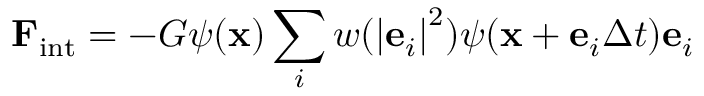
{ { \bf { F } } _ { \mathrm { { i n t } } } } = - G \psi ( { \bf { x } } ) \sum _ { i } { w ( { { \left| { { { \bf { e } } _ { i } } } \right| } ^ { 2 } } ) } \psi ( { \bf { x } } + { { \bf { e } } _ { i } } \Delta t ) { { \bf { e } } _ { i } }